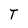
Character: T